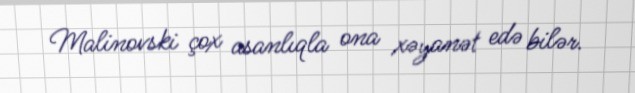
Malinovski çox asanlıqla ona xəyanət edə bilər.